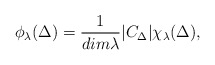
\begin{align*}\phi_{\lambda}(\Delta)=\frac{1}{dim\lambda}|C_\Delta|\chi_\lambda(\Delta),\end{align*}